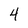
Character: 4